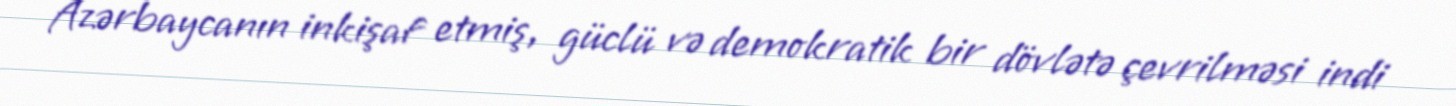
Azərbaycanın inkişaf etmiş, güclü və demokratik bir dövlətə çevrilməsi indi